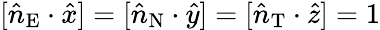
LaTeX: [\hat{n}_{\mathrm{E}}\cdot\hat{x}]=[\hat{n}_{\mathrm{N}}\cdot\hat{y}]=[\hat{n}_{\mathrm{T}}\cdot\hat{z}]=1